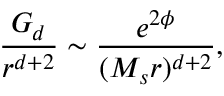
{ \frac { G _ { d } } { r ^ { d + 2 } } } \sim { \frac { e ^ { 2 \phi } } { ( M _ { s } r ) ^ { d + 2 } } } ,